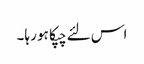
اس لئے چپکا ہو رہا۔